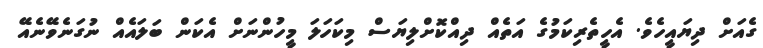
ގެއަށް ދިޔައީހެވެ. އެހީތެރިކަމުގެ އަތެއް ދިއްކޮށްލިޔަސް މިކަހަލަ މީހުންނަށް އެކަން ބަލައެއް ނުގަނެވޭނެއޭ